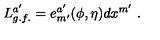
L _ { g . f . } ^ { a ^ { \prime } } = e _ { m ^ { \prime } } ^ { a ^ { \prime } } ( \phi , \eta ) d x ^ { m ^ { \prime } } \ .